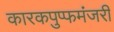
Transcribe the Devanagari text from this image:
कारकपुप्फमंजरी